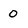
Character: o